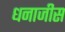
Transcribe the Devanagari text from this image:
धनाजीस